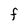
Character: F